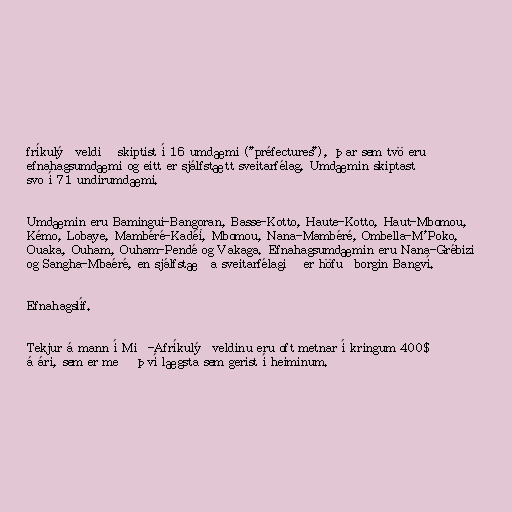
fríkulýðveldið skiptist í 16 umdæmi ("préfectures"), þar sem tvö eru
efnahagsumdæmi og eitt er sjálfstætt sveitarfélag. Umdæmin skiptast
svo í 71 undirumdæmi.

Umdæmin eru Bamingui-Bangoran, Basse-Kotto, Haute-Kotto, Haut-Mbomou,
Kémo, Lobaye, Mambéré-Kadéï, Mbomou, Nana-Mambéré, Ombella-M'Poko,
Ouaka, Ouham, Ouham-Pendé og Vakaga. Efnahagsumdæmin eru Nana-Grébizi
og Sangha-Mbaéré, en sjálfstæða sveitarfélagið er höfuðborgin Bangví.

Efnahagslíf.

Tekjur á mann í Mið-Afríkulýðveldinu eru oft metnar í kringum 400$
á ári, sem er með því lægsta sem gerist í heiminum.